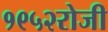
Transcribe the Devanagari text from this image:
१९५२रोजी